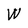
Character: W